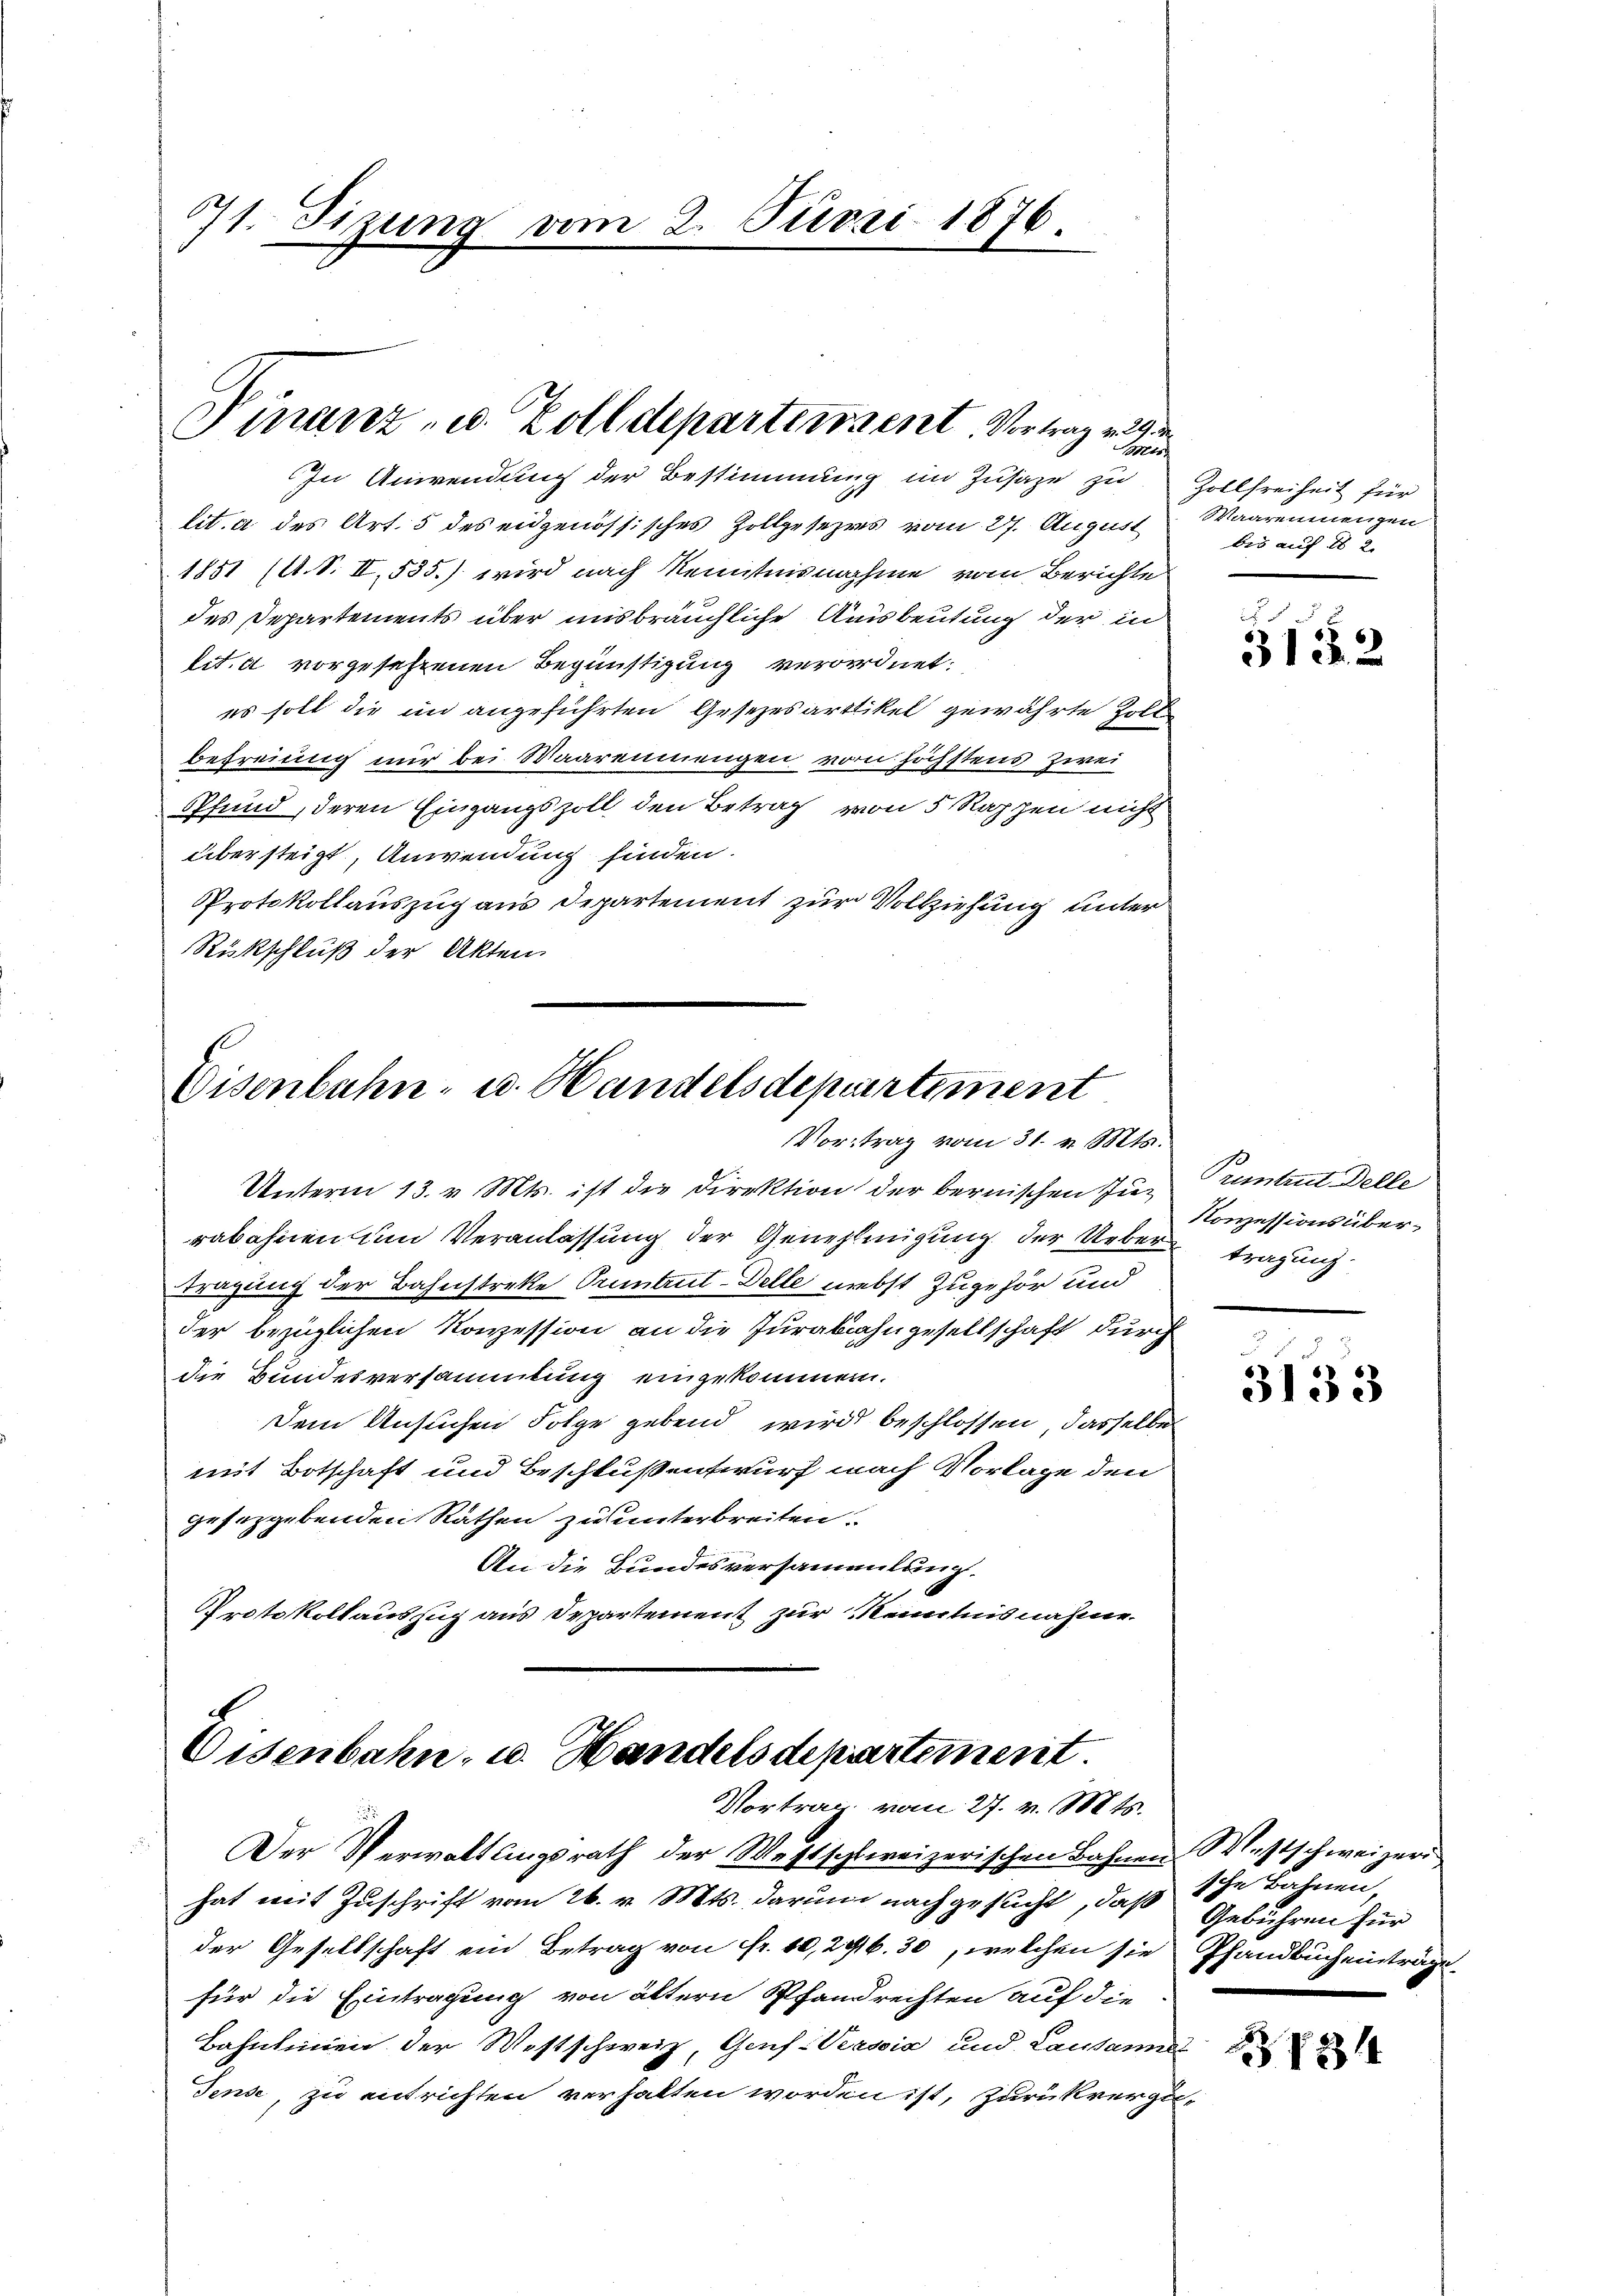
71. Sizung vom 2. Juni 1876.

Finanz- u. Zolldepartissent Vortrage zu

In Anwendung der Bestimmung im Zusage zu
lit. a des Art. 5 des eidgenössisches Zollgesezes vom 27. August
1851 (A. S. II, 535.) wird nach Kenntnisnahme vom Berichte
des Departements über uns bräuchliche Ausbeutung der in
lit. d vorgesehenen Begünstigung verordnet:
es soll die in angeführten Gesezesartikel gewährte Zoll
befreiung nur bei Maarennungen vom höchstens zwei
Pfund, deren Eingangszoll den Betrag von 5 Rappen nicht
übersteigt, Anwendung finden.
Protokollauszug aus Departement zur Vollziehung unter
Rückschluß der Akten.

Eisenbahn- u. Handelsdepartement
Vortrag vom 31. v. Mts.

Unterm 13. v. Mts. ist die Direktion der bernischen Jurabahnen um Veranlassung der Genehmigung der Ueber¬
Tragung der Bahnstreke Pruntrut-Delle nebst Zugehör und
der bezüglichen Konzession an die Jurabahngesellschaft durch
die Bundesversammlung eingekommen.
Dem Ansuchen Folge gebend wird beschlossen, dasselbe
mit Botschaft und Beschlußentwurf nach Vorlage den
geseggebenden Rathen zu unterbreiten.
An die Bundesversammlung.
Protokollauszug aus Departement zur Kenntnis nahme.

Eisenbahn- u. Handelsdepartement.
Vortrag vom 27. v. Mts.

Der Verwaltungsrath der Westschlereizerischen Bahnen Westschweizeri
hat mit Zuschrift vom 26. v. Mts. darum nachgesucht, daß sche Bahnen
der Gesellschaft ein Betrag von fr. 10,246. 30, welchen sie Pfandbucheinträge
für die Eintragung von ältern Pfandrechten auf die
Bahnlinien der Westschweiz, Genf-Versia und Lausanne
Jense, zu entrichten verhalten worden ist, Zurückrerzu¬

Zollfreiheit für
Waarenienzen
bis auf 18 2

5.
3132

Pruntrut Delle
Konzessions übertragung.

3133

Gebühren für

214